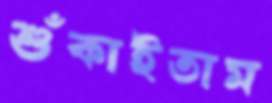
শুঁকাইতাম